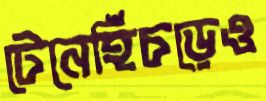
টেনেহিঁচড়েও